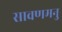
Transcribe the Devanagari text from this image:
सावणमनु